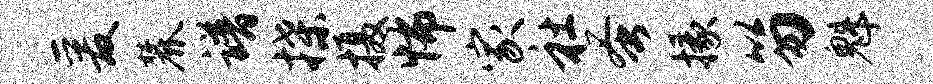
爰麓谱揲摄怖家社蚤掾笏魁